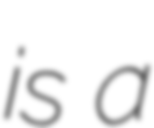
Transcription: is a